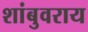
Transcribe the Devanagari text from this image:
शांबुवराय